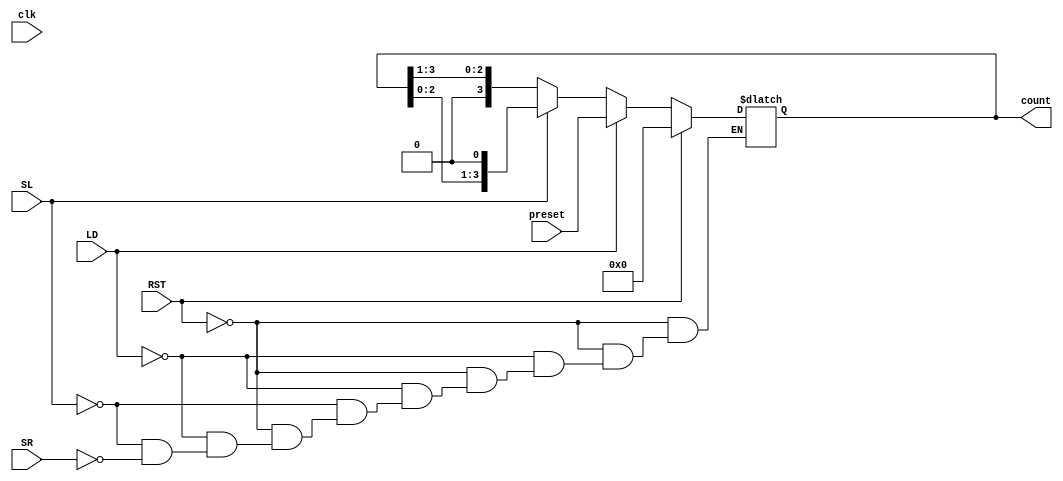
module async_shift_counter (
    input wire clk,          // Clock (not used for control, but typically present)
    input wire SL,          // Shift Left control signal
    input wire SR,          // Shift Right control signal
    input wire LD,          // Load control signal
    input wire RST,         // Reset control signal
    input wire [3:0] preset, // Preset value to load
    output reg [3:0] count   // Current counter value output
);

    always @(*) begin
        if (RST) begin
            // Reset the counter to zero
            count = 4'b0000;
        end else if (LD) begin
            // Load the preset value into the counter
            count = preset;
        end else if (SL) begin
            // Shift left operation
            count = {count[2:0], 1'b0}; // Shift left and fill LSB with 0
        end else if (SR) begin
            // Shift right operation
            count = {1'b0, count[3:1]}; // Shift right and fill MSB with 0
        end
    end
endmodule